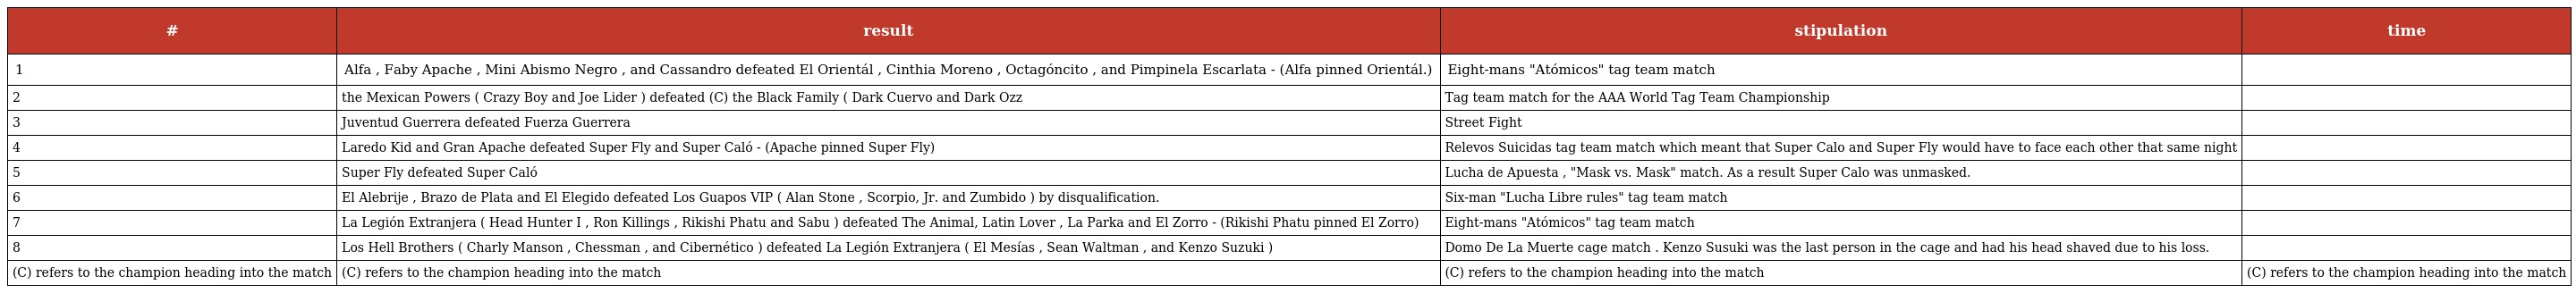
| # | result | stipulation | time |
 | --- | --- | --- | --- |
 | 1 | Alfa , Faby Apache , Mini Abismo Negro , and Cassandro defeated El Orientál , Cinthia Moreno , Octagóncito , and Pimpinela Escarlata - (Alfa pinned Orientál.) | Eight-mans "Atómicos" tag team match |  |
 | 2 | the Mexican Powers ( Crazy Boy and Joe Lider ) defeated (C) the Black Family ( Dark Cuervo and Dark Ozz | Tag team match for the AAA World Tag Team Championship |  |
 | 3 | Juventud Guerrera defeated Fuerza Guerrera | Street Fight |  |
 | 4 | Laredo Kid and Gran Apache defeated Super Fly and Super Caló - (Apache pinned Super Fly) | Relevos Suicidas tag team match which meant that Super Calo and Super Fly would have to face each other that same night |  |
 | 5 | Super Fly defeated Super Caló | Lucha de Apuesta , "Mask vs. Mask" match. As a result Super Calo was unmasked. |  |
 | 6 | El Alebrije , Brazo de Plata and El Elegido defeated Los Guapos VIP ( Alan Stone , Scorpio, Jr. and Zumbido ) by disqualification. | Six-man "Lucha Libre rules" tag team match |  |
 | 7 | La Legión Extranjera ( Head Hunter I , Ron Killings , Rikishi Phatu and Sabu ) defeated The Animal, Latin Lover , La Parka and El Zorro - (Rikishi Phatu pinned El Zorro) | Eight-mans "Atómicos" tag team match |  |
 | 8 | Los Hell Brothers ( Charly Manson , Chessman , and Cibernético ) defeated La Legión Extranjera ( El Mesías , Sean Waltman , and Kenzo Suzuki ) | Domo De La Muerte cage match . Kenzo Susuki was the last person in the cage and had his head shaved due to his loss. |  |
 | (C) refers to the champion heading into the match | (C) refers to the champion heading into the match | (C) refers to the champion heading into the match | (C) refers to the champion heading into the match |